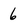
Character: 6